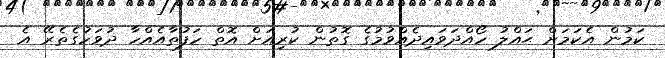
ކަމުން އެކަަމަށް ޙައްލު ހޯއްދަވައިދެއްވުމުގެ ގޮތުން ކުރިއަށް އޮތް ހަފުތާއެއްހާ ދުވަހުގެތެރޭ އެ